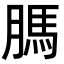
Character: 𦟐